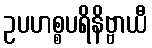
ဥပဟစ္စပရိနိဗ္ဗာယီ